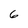
Character: 6